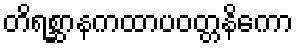
တိရစ္ဆာနကထာပဝတ္တနိကော